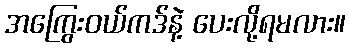
အကြွေးဝယ်ကဒ်နဲ့ ပေးလို့ရမလား။